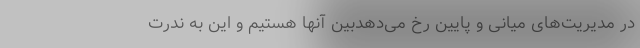
در مدیریت‌های میانی و پایین رخ می‌دهدبین آنها هستیم و این به ندرت